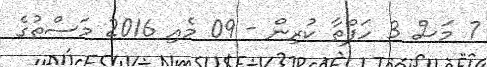
7 މަސް 3 ހަފްތާ ކުރިން - 09 މެއި 2016 މަސްތުގެ